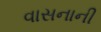
વાસનાની